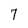
Character: 7